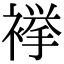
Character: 𧜎